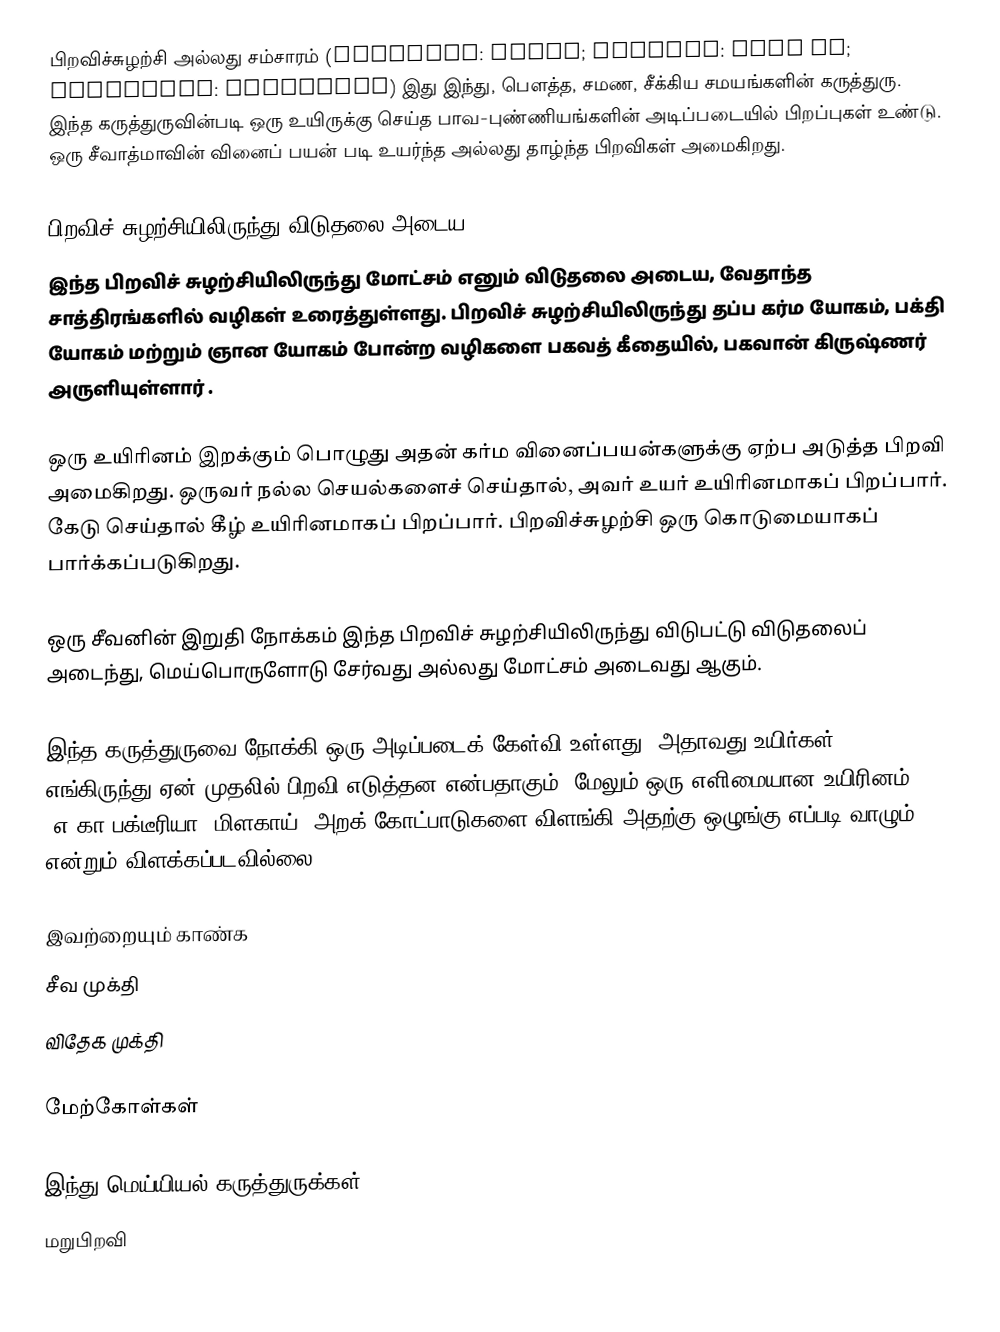
பிறவிச்சுழற்சி அல்லது சம்சாரம் (Sanskrit: संसार; Tibetan: khor wa; Mongolian: orchilong) இது இந்து, பெளத்த, சமண, சீக்கிய சமயங்களின் கருத்துரு.  இந்த கருத்துருவின்படி ஒரு உயிருக்கு செய்த பாவ-புண்ணியங்களின் அடிப்படையில்  பிறப்புகள் உண்டு.  ஒரு சீவாத்மாவின் வினைப் பயன் படி உயர்ந்த அல்லது தாழ்ந்த பிறவிகள் அமைகிறது.

பிறவிச் சுழற்சியிலிருந்து விடுதலை அடைய
இந்த பிறவிச் சுழற்சியிலிருந்து  மோட்சம் எனும் விடுதலை அடைய, வேதாந்த சாத்திரங்களில் வழிகள் உரைத்துள்ளது. பிறவிச் சுழற்சியிலிருந்து தப்ப கர்ம யோகம், பக்தி யோகம் மற்றும் ஞான யோகம் போன்ற வழிகளை பகவத் கீதையில், பகவான் கிருஷ்ணர் அருளியுள்ளார் .

ஒரு உயிரினம் இறக்கும் பொழுது அதன் கர்ம வினைப்பயன்களுக்கு ஏற்ப அடுத்த பிறவி அமைகிறது.  ஒருவர் நல்ல செயல்களைச் செய்தால், அவர் உயர் உயிரினமாகப் பிறப்பார்.  கேடு செய்தால் கீழ் உயிரினமாகப் பிறப்பார்.  பிறவிச்சுழற்சி ஒரு கொடுமையாகப் பார்க்கப்படுகிறது.

ஒரு சீவனின் இறுதி நோக்கம் இந்த பிறவிச் சுழற்சியிலிருந்து விடுபட்டு விடுதலைப் அடைந்து, மெய்பொருளோடு சேர்வது அல்லது மோட்சம் அடைவது ஆகும்.

இந்த கருத்துருவை நோக்கி ஒரு அடிப்படைக் கேள்வி உள்ளது, அதாவது உயிர்கள் எங்கிருந்து ஏன் முதலில் பிறவி எடுத்தன என்பதாகும்.  மேலும் ஒரு எளிமையான உயிரினம் (எ.கா பக்டீரியா, மிளகாய்) அறக் கோட்பாடுகளை விளங்கி அதற்கு ஒழுங்கு எப்படி வாழும் என்றும் விளக்கப்படவில்லை.

இவற்றையும் காண்க
 சீவ முக்தி
 விதேக முக்தி

மேற்கோள்கள்

இந்து மெய்யியல் கருத்துருக்கள்
மறுபிறவி